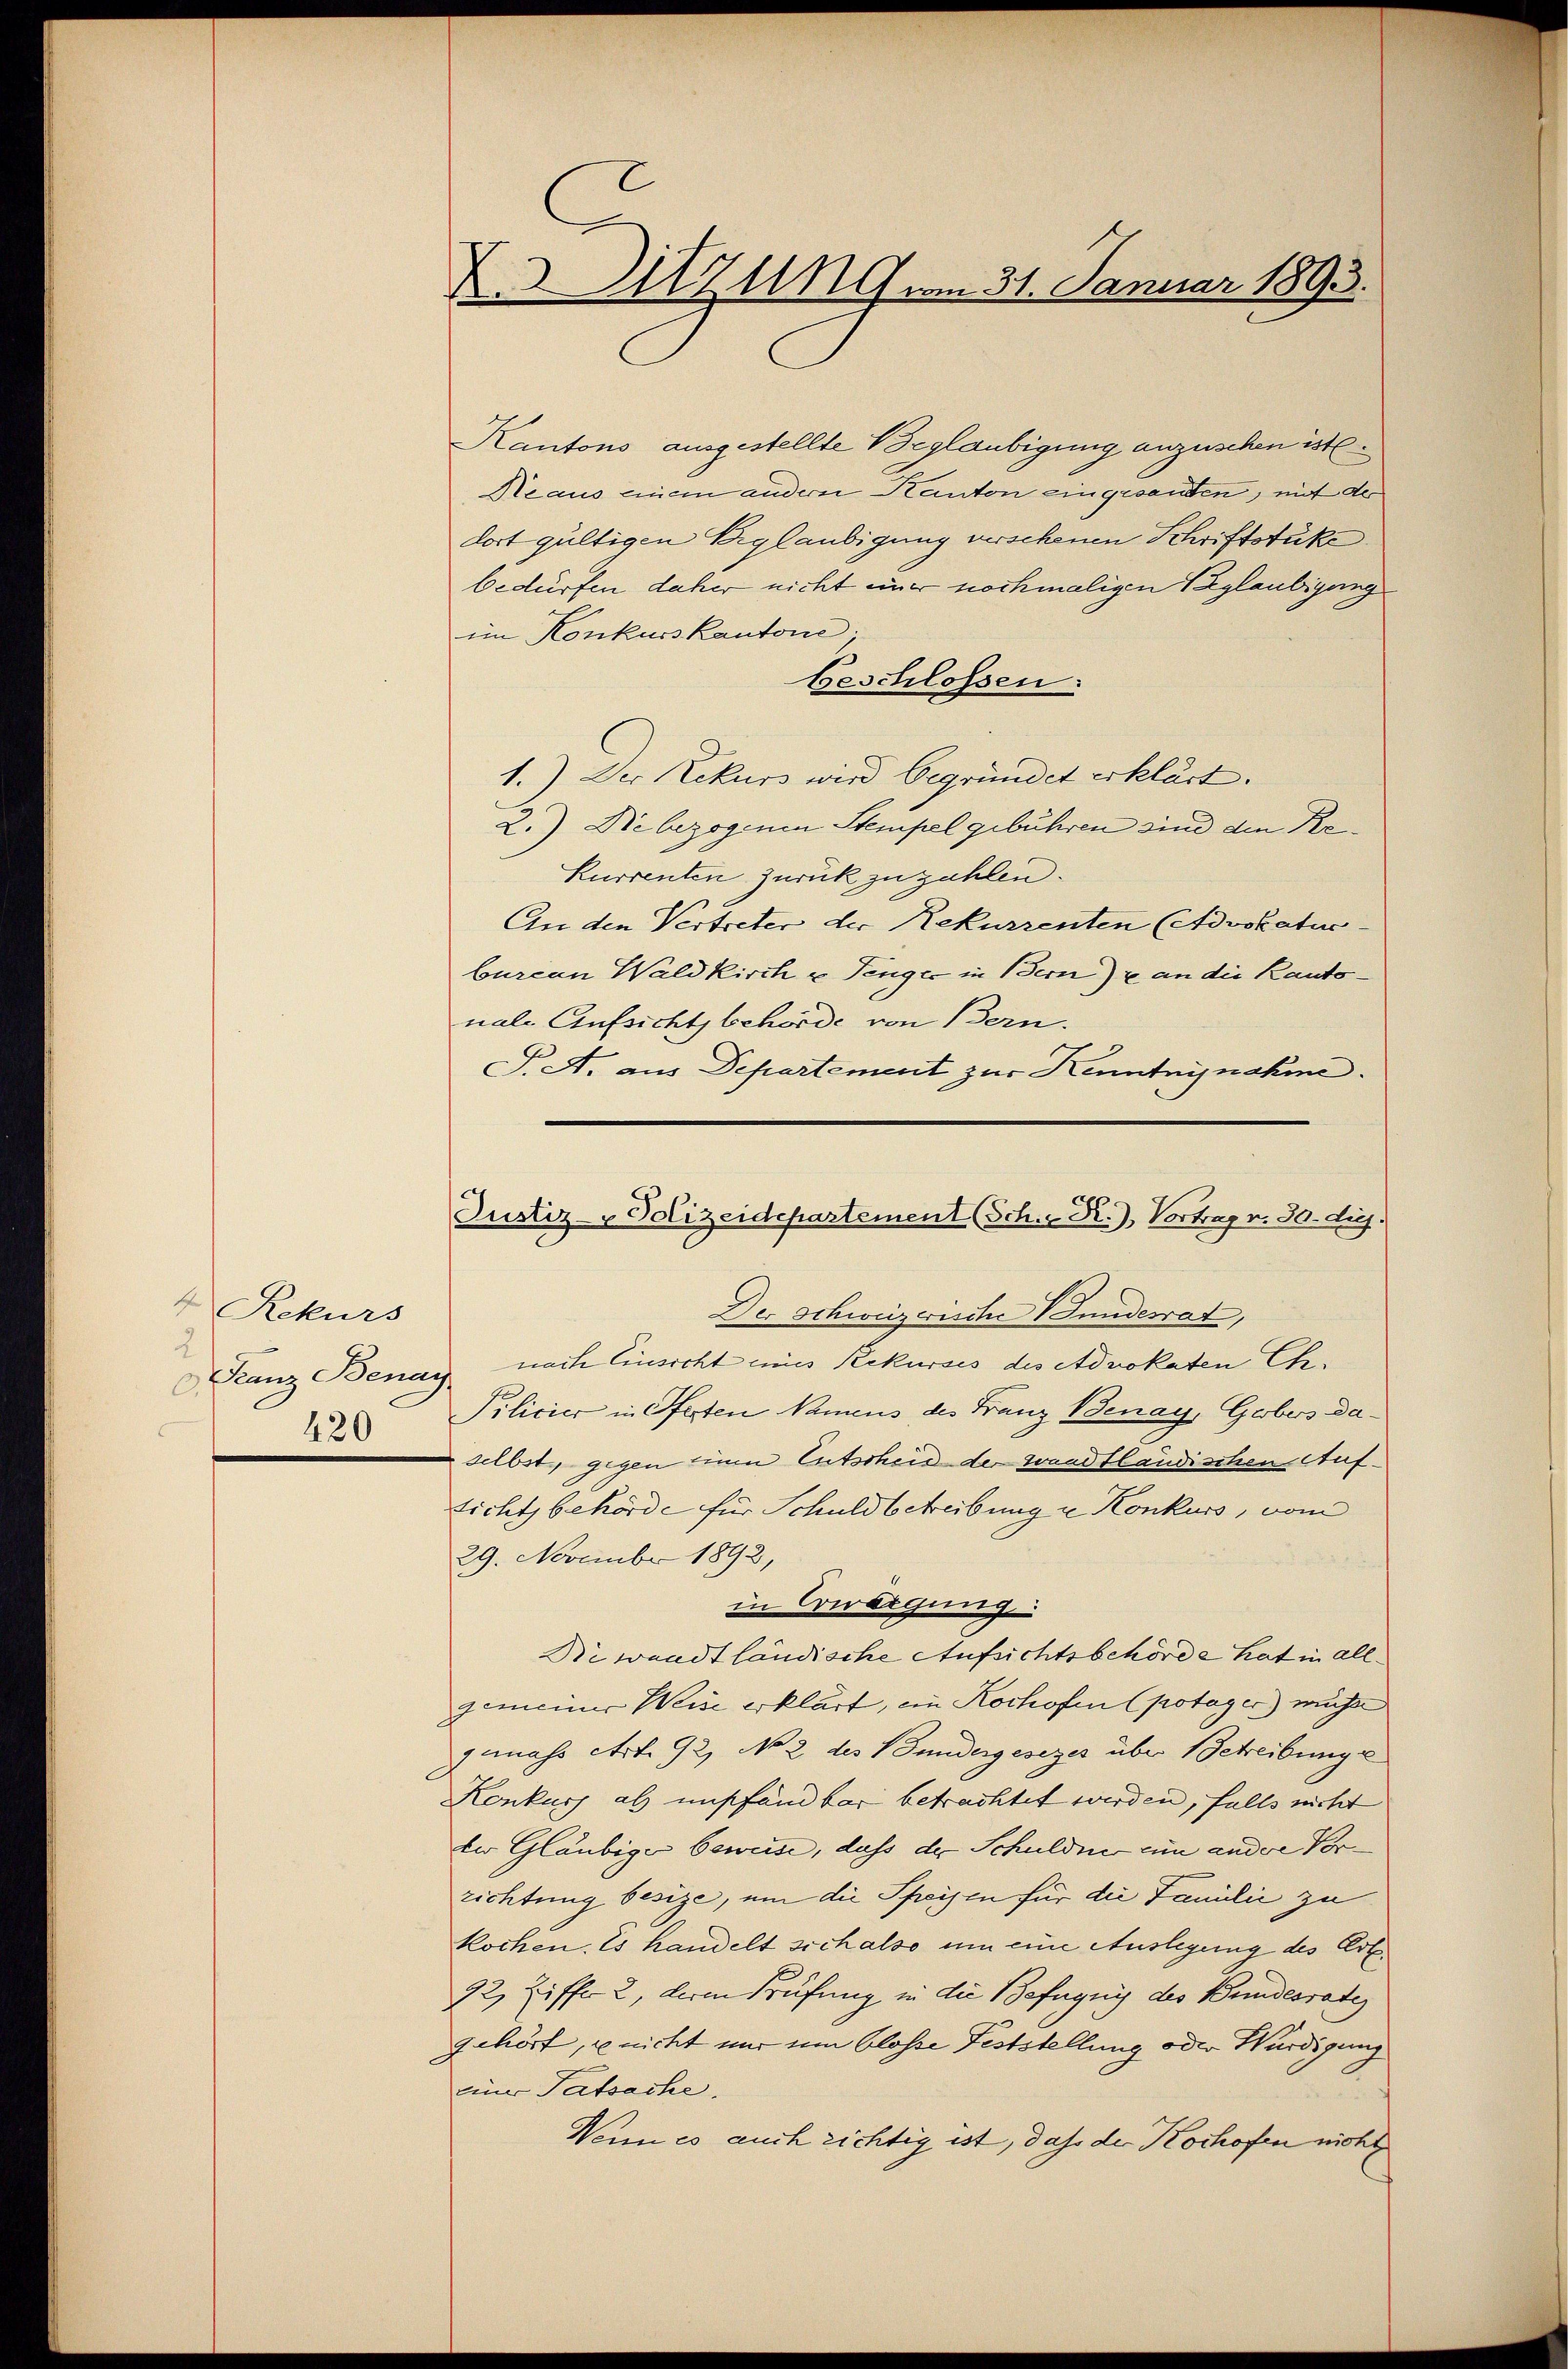
4 Rekurs
2
 Franz Benay
420

X. Sitzung vom 31. Januar 1893.

Kantons ausgestellte Beglaubigung anzusehen ist
Reaus eine andern Kanton eingesanden, mit der
dort gültigen Erglaubigung verschenen Schriftstüke
bedürfen daher nicht einer nochmaligen Verglaubigung
im Konkurs kantone;
beschlossen:
1.) Der Rekurs wird begründet erklärt.
2.) Die bezogenen Stempelgebühren sind den Re¬
Kurrenten zurück zu zahlen.
An den Vertreter der Rekurrenten Advokatur-
burcan Waldkirch u Tenger in Bern) an die Kantonale Aufsichtsbehörde von Bern.
T. A. aus Departement zur Kenntnisnahme.

Justiz- Polizeidepartement (Sch. R.) Vortrag v. 30. die

Der Schweizerische Vundesrat,
nach Einsicht eines Rekurses des Advokaten Ch.
Pilicier in Ofesten Namens des Franz Benay, Gebers daselbst, gegen einen Entscheid der waadtländischen Auftichtsbehörde für Schuldbetreibung u. Konkurs, vom
29. November 1892,
in Erwägung
Biwaadtländische Aufsichtsbehörde hat in allgemeiner Weise erklärt, ein Kochofen (potager mußte
I mass Art. 92, No 2 des Bundergesezes über Getreibung se
Konkurs als unpfandbar betrachtet werden, falls nicht
der Gläubiger beweise, dass der Schuldner ein andere Vorrichtung besize, um die Speisen für die Familie zu
kochen. Es handelt sich also um eine Auslegung des Art.
92, Ziffer 2, der Prüfung in die Befugnis des Bundesrate
gehört, nicht nur um blosse Feststellung oder Würdigung
einer Tatsache.
Wenn es auch richtig ist, daß der Kochofen nicht